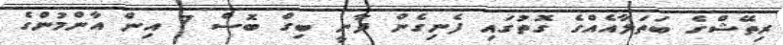
ރިތޭޝްގެ ބަތަލާއެއްގެ ގޮތުގައި ފެނިގެން ދާނީ ބިގް ބޮސް 7 އިން އާންމުންގެ